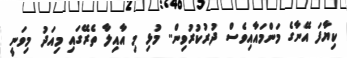
ކިޔާފަ އޭނާގެ މަންމައާއިވެސް ދުރުކުރުވިން.. މުޅި މި އާއިލާ ތެރޭގައި މިއަދު މިވަނީ